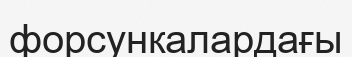
форсункалардағы